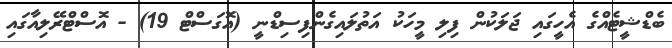
ބެޑްޝީޓެއްގެ އެހީގައި ޖަލަކުން ފިލި މީހަކު އަތުލައިގެންފިސިޑްނީ (އޮގަސްޓް 19) - އޮސްޓްރޭލިއާގައި